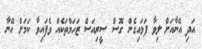
އަދި އޭނާއަށް ލިވާ ފަޅައިގެން ގޮސް ސީރިއަސް ޒަހަމްތަކެއް ވެފައިވާ ކަމަށް އޭނާ